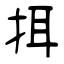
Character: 挕